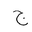
Letter: _gim